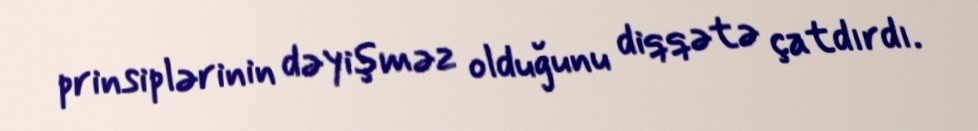
prinsiplərinin dəyişməz olduğunu diqqətə çatdırdı.